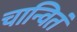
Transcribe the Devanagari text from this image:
चान्वितं